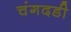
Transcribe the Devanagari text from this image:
चंगदडी